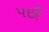
પછી